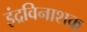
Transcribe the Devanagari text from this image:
इंद्रविनाशक